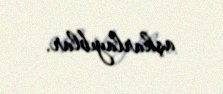
aşkarlayıblar.